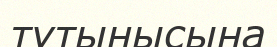
тұтынысына